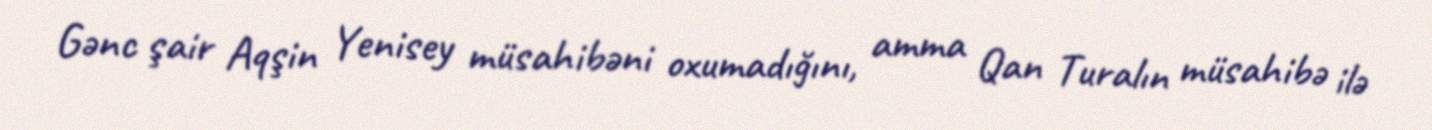
Gənc şair Aqşin Yenisey müsahibəni oxumadığını, amma Qan Turalın müsahibə ilə